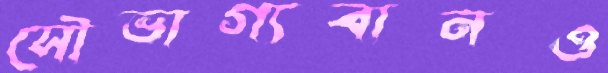
সৌভাগ্যবানও